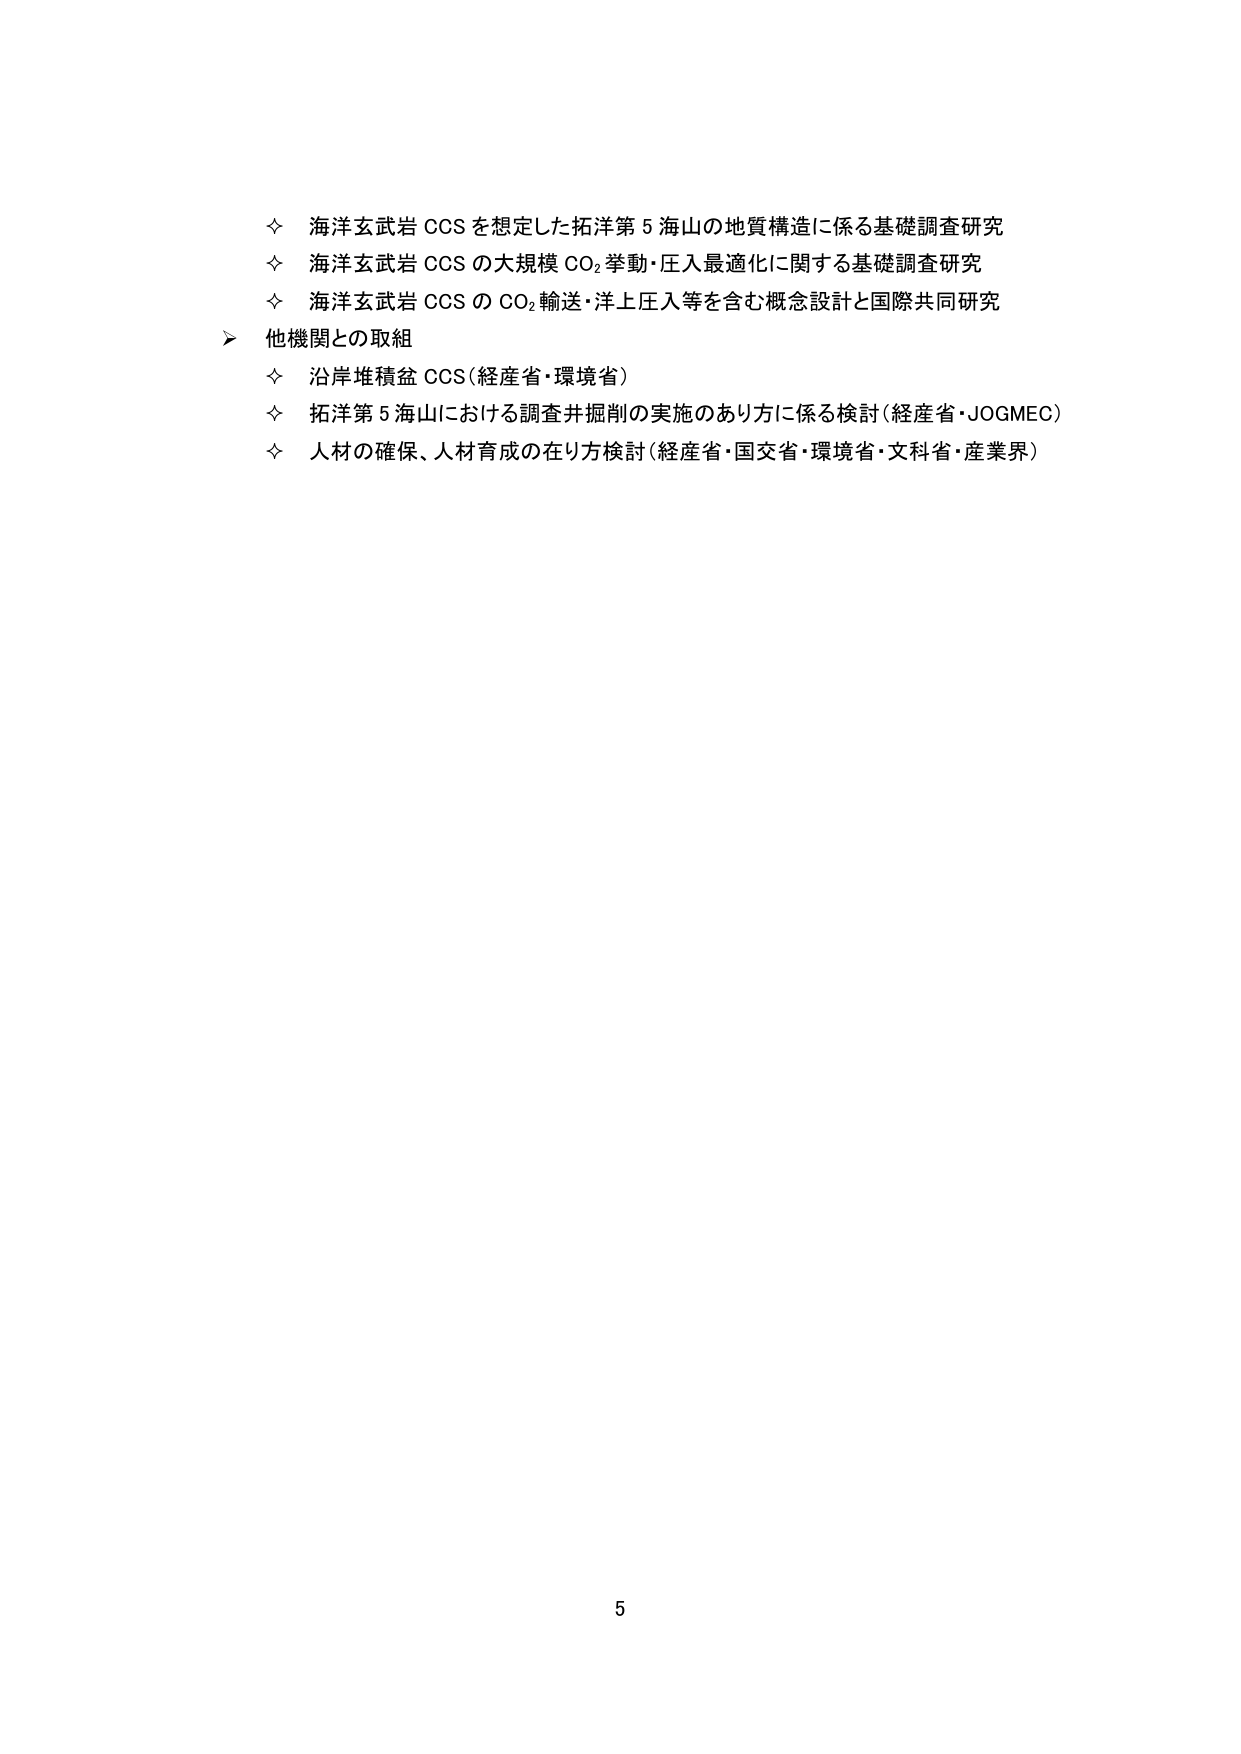
◇ 海洋玄武岩 CCS を想定した拓洋第 5 海山の地質構造に係る基礎調査研究
◇ 海洋玄武岩 CCS の大規模 CO₂ 挙動・圧入最適化に関する基礎調査研究
◇ 海洋玄武岩 CCS の CO₂ 輸送・洋上圧入等を含む概念設計と国際共同研究
➢ 他機関との取組
◇ 沿岸堆積盆 CCS（経産省・環境省）
◇ 拓洋第 5 海山における調査井掘削の実施のあり方に係る検討（経産省・JOGMEC）
◇ 人材の確保、人材育成の在り方検討（経産省・国交省・環境省・文科省・産業界）
5